Punjab Mental Hospital Lahore 1922-31 - 1922-1931
Year: 1922
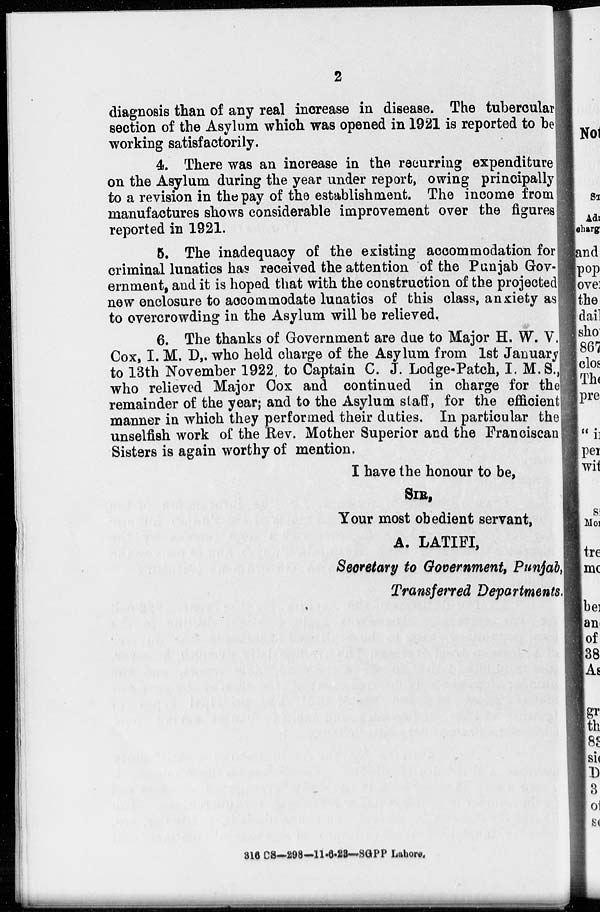
2
diagnosis than of any real increase in disease. The tubercular
section of the Asylum which was opened in 1921 is reported to be
working satisfactorily.
4. There was an increase in the recurring expenditure
on the Asylum during the year under report, owing principally
to a revision in the pay of the establishment. The income from
manufactures shows considerable improvement over the figures
reported in 1921.
5. The inadequacy of the existing accommodation for
criminal lunatics has received the attention of the Punjab Gov-
ernment, and it is hoped that with the construction of the projected
new enclosure to accommodate lunatics of this class, anxiety as
to overcrowding in the Asylum will be relieved.
6. The thanks of Government are due to Major H. W. V.
Cox, I. M. D,. who held charge of the Asylum from 1st January
to 13th November 1922, to Captain C. J. Lodge-Patch, I. M.S.,
who relieved Major Cox and continued in charge for the
remainder of the year; and to the Asylum staff, for the efficient
manner in which they performed their duties. In particular the
unselfish work of the Rev. Mother Superior and the Franciscan
Sisters is again worthy of mention.
I have the honour to be,
SIR,
Your most obedient servant,
A. LATIFI,
Secretary to Government, Punjab,
Transferred Departments.
316 CS—298—11-6-23—SGPP Lahore.